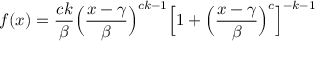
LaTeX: f ( x ) = { \frac { c k } { \beta } } { \Big ( } { \frac { x - \gamma } { \beta } } { \Big ) } ^ { c k - 1 } { \Big [ } 1 + { \Big ( } { \frac { x - \gamma } { \beta } } { \Big ) } ^ { c } { \Big ] } ^ { - k - 1 }